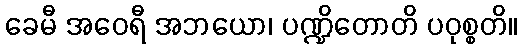
ခေမီ အဝေရီ အဘယော၊ ပဏ္ဍိတောတိ ပဝုစ္စတိ။